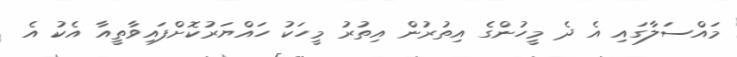
މައްސަލާގައި އެ ދެ މީހުންގެ އިތުރުން އިތުރު މީހަކު ހައްޔަރުކޮށްފައިވާތީއާ އެކު އެ